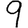
Digit: 9